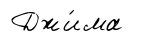
Джи́ма